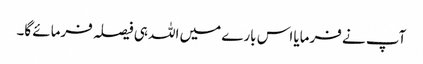
آپ نے فرمایا اس بارے میں اللہ ہی فیصلہ فرمائے گا۔